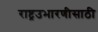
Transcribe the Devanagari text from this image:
राष्ट्रउभारणीसाठी